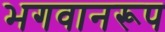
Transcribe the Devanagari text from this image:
भगवानरूप